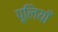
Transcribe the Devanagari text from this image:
पूलियाँ